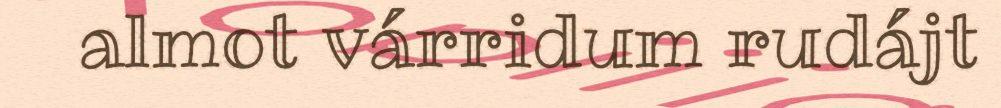
almot várridum rudájt